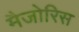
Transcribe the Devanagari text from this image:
मैजोरिस